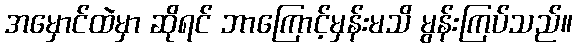
အမှောင်ထဲမှာ ဆိုရင် ဘာကြောင့်မှန်းမသိ မွန်းကြပ်သည်။